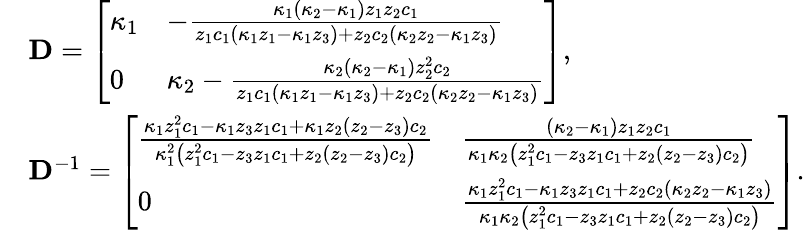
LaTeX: \begin{array}{rl}&{\mathbf{D}=\left[\begin{array}{ll}{\kappa_{1}}&{-\frac{\kappa_{1}\left(\kappa_{2}-\kappa_{1}\right)z_{1}z_{2}c_{1}}{z_{1}c_{1}\left(\kappa_{1}z_{1}-\kappa_{1}z_{3}\right)+z_{2}c_{2}\left(\kappa_{2}z_{2}-\kappa_{1}z_{3}\right)}}\\ {0}&{\kappa_{2}-\frac{\kappa_{2}\left(\kappa_{2}-\kappa_{1}\right)z_{2}^{2}c_{2}}{z_{1}c_{1}\left(\kappa_{1}z_{1}-\kappa_{1}z_{3}\right)+z_{2}c_{2}\left(\kappa_{2}z_{2}-\kappa_{1}z_{3}\right)}}\end{array}\right],}\\ &{\mathbf{D}^{-1}=\left[\begin{array}{ll}{\frac{\kappa_{1}z_{1}^{2}c_{1}-\kappa_{1}z_{3}z_{1}c_{1}+\kappa_{1}z_{2}\left(z_{2}-z_{3}\right)c_{2}}{\kappa_{1}^{2}\left(z_{1}^{2}c_{1}-z_{3}z_{1}c_{1}+z_{2}\left(z_{2}-z_{3}\right)c_{2}\right)}}&{\frac{\left(\kappa_{2}-\kappa_{1}\right)z_{1}z_{2}c_{1}}{\kappa_{1}\kappa_{2}\left(z_{1}^{2}c_{1}-z_{3}z_{1}c_{1}+z_{2}\left(z_{2}-z_{3}\right)c_{2}\right)}}\\ {0}&{\frac{\kappa_{1}z_{1}^{2}c_{1}-\kappa_{1}z_{3}z_{1}c_{1}+z_{2}c_{2}\left(\kappa_{2}z_{2}-\kappa_{1}z_{3}\right)}{\kappa_{1}\kappa_{2}\left(z_{1}^{2}c_{1}-z_{3}z_{1}c_{1}+z_{2}\left(z_{2}-z_{3}\right)c_{2}\right)}}\end{array}\right].}\end{array}